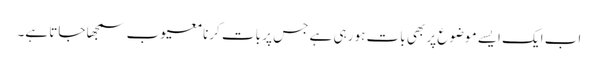
اب ایک ایسے موضوع پر بھی بات ہو رہی ہے جس پر بات کرنا معیوب سمجھا جاتا ہے۔